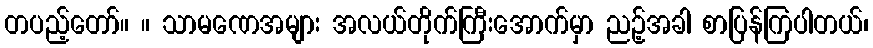
တပည့်တော်။ ။ သာမဏေအများ အလယ်တိုက်ကြီးအောက်မှာ ညဉ့်အခါ စာပြန်ကြပါတယ်၊